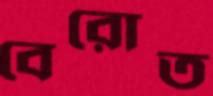
বেরোত